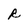
Character: R